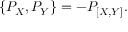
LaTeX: \{ P _ { X } , P _ { Y } \} = - P _ { [ X , Y ] } .